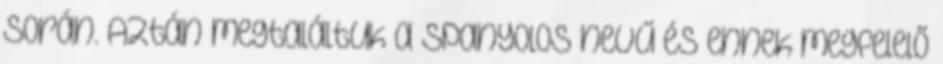
során. Aztán megtaláltuk a spanyolos nevű és ennek megfelelő